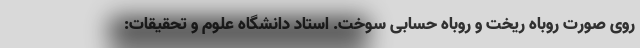
روی صورت روباه ریخت و روباه حسابی سوخت. استاد دانشگاه علوم و تحقیقات: